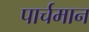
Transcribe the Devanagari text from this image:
पार्चमान